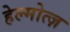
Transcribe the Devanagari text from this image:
हेल्मोत्ज़